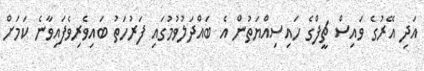
އަދި އޭރުގެ ވައިސް ޗީފްގެ ހައިސިއްޔަތުން އެ ބައްދަލުވުމުގައި ފަރުހަތު ބައިވެރިވެފައިވާނެ ކަމަށް